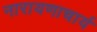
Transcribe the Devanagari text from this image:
नारायणाचार्य